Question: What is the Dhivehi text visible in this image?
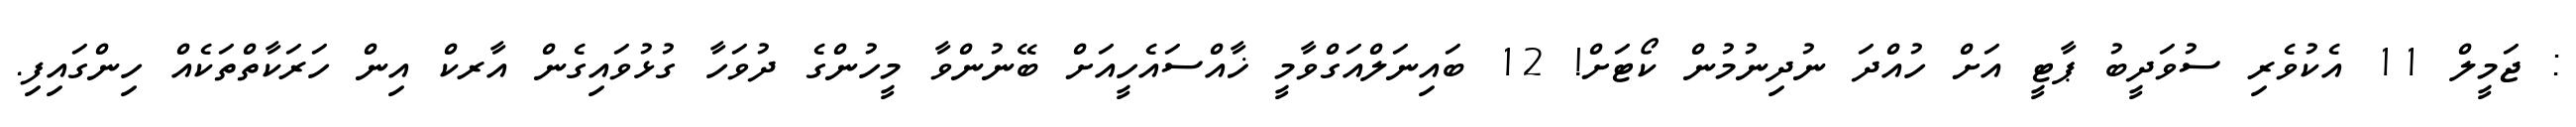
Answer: : ޖަމީލް 11 އެކުވެރި ސުވަދީބު ޕާޓީ އަށް ހުއްދަ ނުދިނުމުން ކޯޓަށް! 12 ބައިނަލްއަގްވާމީ ޚާއްސައެހީއަށް ބޭނުންވާ މީހުންގެ ދުވަހާ ގުޅުވައިގެން އާރކް އިން ހަރަކާތްތަކެއް ހިންގައިފި.